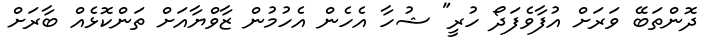
ދޮންތަބޭ ވަރަށް އުފާވެފަދޯ ހުރީ" ޝުހާ އެހެން އެހުމުން ޒާވްޔާއަށް ތަންކޮޅެއް ބާރަށް